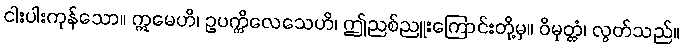
ငါးပါးကုန်သော။ ဣမေဟိ၊ ဥပက္ကိလေသေဟိ၊ ဤညစ်ညူးကြောင်းတို့မှ။ ဝိမုတ္တံ၊ လွတ်သည်။